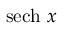
\operatorname { s e c h } \, x